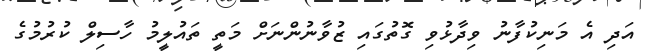
އަދި އެ މަނިކުފާނު ވިދާޅުވި ގޮތުގައި ޒުވާނުންނަށް މަތީ ތައުލީމު ހާސިލް ކުރުމުގެ